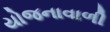
યોજનાવાળી